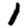
Digit: 1